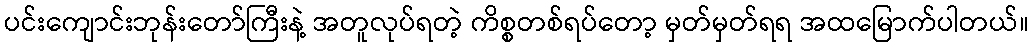
ပင်းကျောင်းဘုန်းတော်ကြီးနဲ့ အတူလုပ်ရတဲ့ ကိစ္စတစ်ရပ်တော့ မှတ်မှတ်ရရ အထမြောက်ပါတယ်။